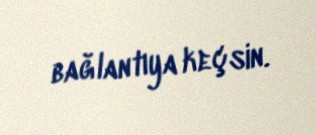
bağlantıya keçsin.